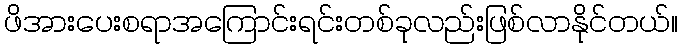
ဖိအားပေးစရာအကြောင်းရင်းတစ်ခုလည်းဖြစ်လာနိုင်တယ်။